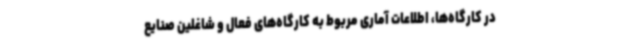
در کارگاه‌ها، اطلاعات آماری مربوط به کارگاه‌های فعال و شاغلین صنایع